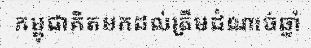
កម្ពុជាគិតមកដល់ត្រឹមដំណាច់ឆ្នាំ